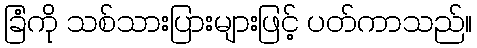
ခြံကို သစ်သားပြားများဖြင့် ပတ်ကာသည်။